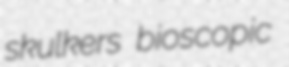
skulkers bioscopic